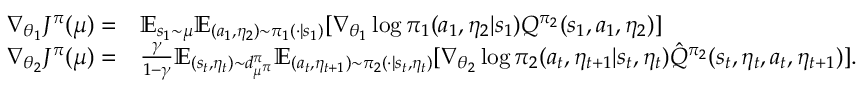
\begin{array} { r l } { \nabla _ { \theta _ { 1 } } J ^ { \pi } ( \mu ) = } & { \mathbb { E } _ { s _ { 1 } \sim \mu } \mathbb { E } _ { ( a _ { 1 } , \eta _ { 2 } ) \sim \pi _ { 1 } ( \cdot | s _ { 1 } ) } [ \nabla _ { \theta _ { 1 } } \log \pi _ { 1 } ( a _ { 1 } , \eta _ { 2 } | s _ { 1 } ) Q ^ { \pi _ { 2 } } ( s _ { 1 } , a _ { 1 } , \eta _ { 2 } ) ] } \\ { \nabla _ { \theta _ { 2 } } J ^ { \pi } ( \mu ) = } & { \frac { \gamma } { 1 - \gamma } \mathbb { E } _ { ( s _ { t } , \eta _ { t } ) \sim d _ { \mu ^ { \pi } } ^ { \pi } } \mathbb { E } _ { ( a _ { t } , \eta _ { t + 1 } ) \sim \pi _ { 2 } ( \cdot | s _ { t } , \eta _ { t } ) } [ \nabla _ { \theta _ { 2 } } \log \pi _ { 2 } ( a _ { t } , \eta _ { t + 1 } | s _ { t } , \eta _ { t } ) \hat { Q } ^ { \pi _ { 2 } } ( s _ { t } , \eta _ { t } , a _ { t } , \eta _ { t + 1 } ) ] . } \end{array}